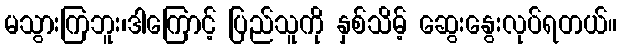
မသွားကြဘူး၊ဒါကြောင့် ပြည်သူကို နှစ်သိမ့် ဆွေးနွေးလုပ်ရတယ်။